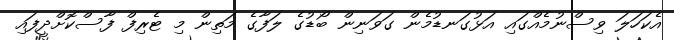
އެކަހަލަ ވިސްނުމެއްގައި އަޅުގަނޑުމެން ގަވަނިން ބޯޑުގެ ލަފާގެ މަތިން މި ޓެރިފް ފާސްކޮށްދީފައި